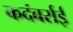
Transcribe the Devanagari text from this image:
कदंबर्राई